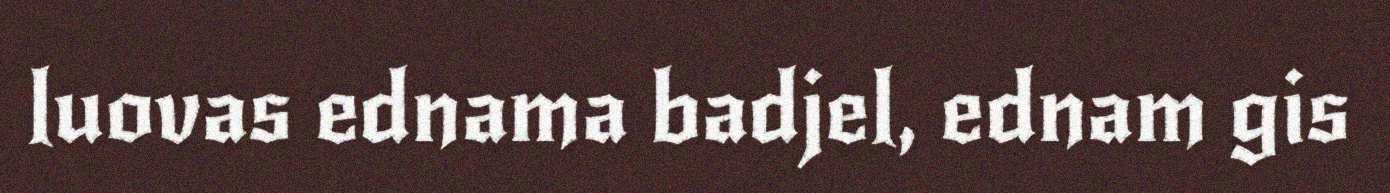
luovas ednama badjel, ednam gis